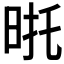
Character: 𭥮